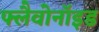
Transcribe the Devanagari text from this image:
फ्लैवोनाॅइड